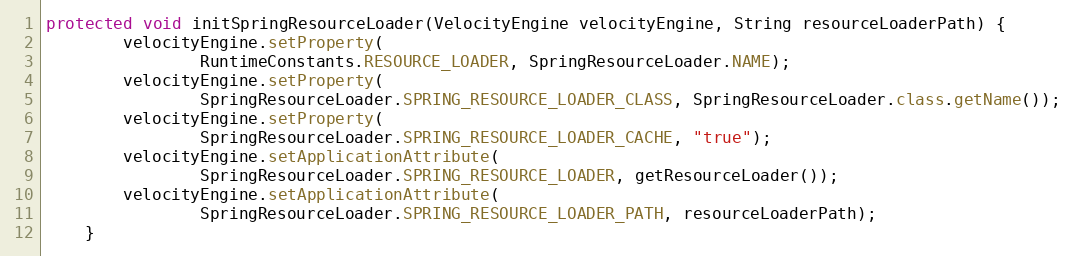
Language: Java
protected void initSpringResourceLoader(VelocityEngine velocityEngine, String resourceLoaderPath) {
		velocityEngine.setProperty(
				RuntimeConstants.RESOURCE_LOADER, SpringResourceLoader.NAME);
		velocityEngine.setProperty(
				SpringResourceLoader.SPRING_RESOURCE_LOADER_CLASS, SpringResourceLoader.class.getName());
		velocityEngine.setProperty(
				SpringResourceLoader.SPRING_RESOURCE_LOADER_CACHE, "true");
		velocityEngine.setApplicationAttribute(
				SpringResourceLoader.SPRING_RESOURCE_LOADER, getResourceLoader());
		velocityEngine.setApplicationAttribute(
				SpringResourceLoader.SPRING_RESOURCE_LOADER_PATH, resourceLoaderPath);
	}